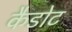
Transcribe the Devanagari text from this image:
कैडोट